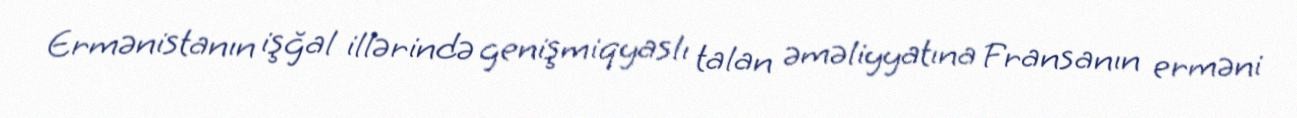
Ermənistanın işğal illərində genişmiqyaslı talan əməliyyatına Fransanın erməni